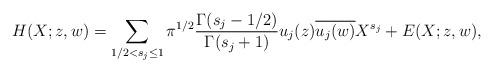
LaTeX: \begin{align*}H(X; z, w) = \sum_{1/2 < s_j \leq 1} \pi^{1/2} \frac{\Gamma(s_j - 1/2)}{\Gamma(s_j+1)} u_j(z) \overline{u_j(w)} X^{s_j} + E(X; z,w),\end{align*}